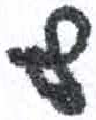
אות: ף